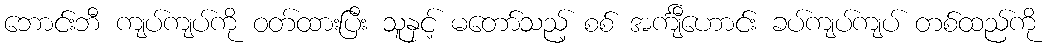
ဘောင်းဘီ ကျပ်ကျပ်ကို ဝတ်ထားပြီး သူနှင့် မတော်သည့် စစ် အင်္ကျီဟောင်း ခပ်ကျပ်ကျပ် တစ်ထည်ကို